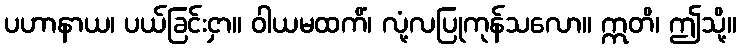
ပဟာနာယ၊ ပယ်ခြင်းငှာ။ ဝါယမထကိံ၊ လုံ့လပြုကုန်သလော။ ဣတိ၊ ဤသို့။